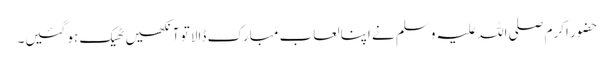
حضور اکرم صلی اللہ علیہ وسلم نے اپنا لعاب مبارک ڈالا تو آنکھیں ٹھیک ہو گئیں۔